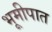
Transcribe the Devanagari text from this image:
भूमीपात